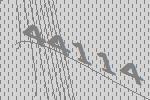
44114